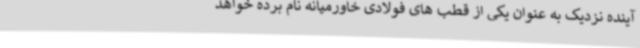
آینده نزدیک به عنوان یکی از قطب های فولادی خاورمیانه نام برده خواهد